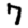
Digit: 7